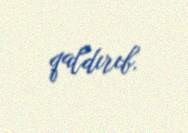
qaldırıb.